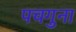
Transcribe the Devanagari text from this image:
पचगुना